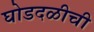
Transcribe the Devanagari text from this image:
घोडदळीची